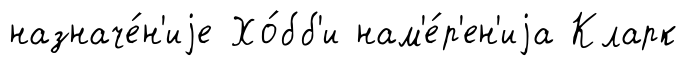
назначе́н'иjе Хо́бб'и нам'е́р'ен'иjа Кларк